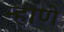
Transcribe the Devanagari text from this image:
न्हाणे